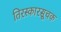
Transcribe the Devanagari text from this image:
तिरस्कारसूचक